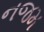
નજમ